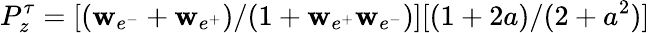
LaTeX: P_{z}^{\tau}=[(\mathbf{w}_{e^{-}}+\mathbf{w}_{e^{+}})/(1+\mathbf{w}_{e^{+}}\mathbf{w}_{e^{-}})][(1+2a)/(2+a^{2})]